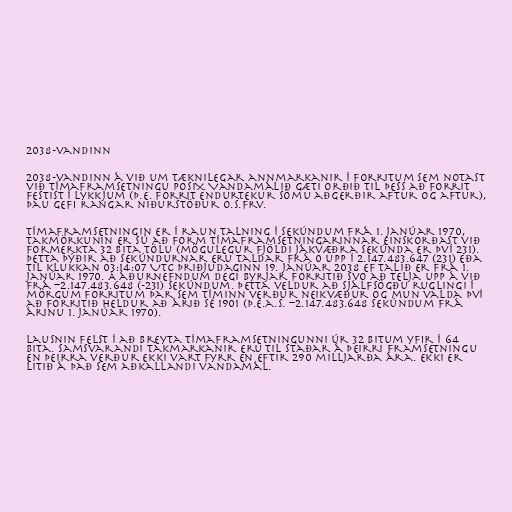
2038-vandinn

2038-vandinn á við um tæknilegar annmarkanir í forritum sem notast
við tímaframsetningu POSIX. Vandamálið gæti orðið til þess að forrit
festist í lykkjum (þ.e. forrit endurtekur sömu aðgerðir aftur og aftur),
þau gefi rangar niðurstöður o.s.frv.

Tímaframsetningin er í raun talning í sekúndum frá 1. janúar 1970,
takmörkunin er sú að form tímaframsetningarinnar einskorðast við
formerkta 32 bita tölu (mögulegur fjöldi jákvæðra sekúnda er því 231).
Þetta þýðir að sekúndurnar eru taldar frá 0 upp í 2.147.483.647 (231) eða
til klukkan 03:14:07 UTC þriðjudaginn 19. janúar 2038 ef talið er frá 1.
janúar 1970. Á áðurnefndum degi byrjar forritið svo að telja upp á við
frá −2.147.483.648 (-231) sekúndum. Þetta veldur að sjálfsögðu ruglingi í
mörgum forritum þar sem tíminn verður neikvæður og mun valda því
að forritið heldur að árið sé 1901 (þ.e.a.s. −2.147.483.648 sekúndum frá
árinu 1. janúar 1970).

Lausnin felst í að breyta tímaframsetningunni úr 32 bitum yfir í 64
bita. Samsvarandi takmarkanir eru til staðar á þeirri framsetningu
en þeirra verður ekki vart fyrr en eftir 290 milljarða ára. Ekki er
litið á það sem aðkallandi vandamál.